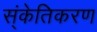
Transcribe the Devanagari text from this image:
स्ंकेतिकरण